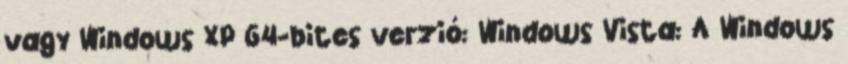
vagy Windows XP 64-bites verzió: Windows Vista: A Windows